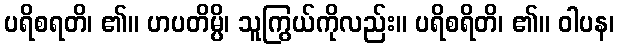
ပရိစရတိ၊ ၏။ ဟပတိမ္ပိ၊ သူကြွယ်ကိုလည်း။ ပရိစရိတိ၊ ၏။ ဝါပန၊